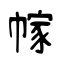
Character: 幏